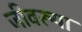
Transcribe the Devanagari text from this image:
जीवरूपा